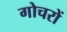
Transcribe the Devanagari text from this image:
गोचरों